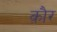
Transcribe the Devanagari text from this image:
क़ौर